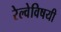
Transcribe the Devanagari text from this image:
रेल्वेविषयी